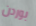
بوردن